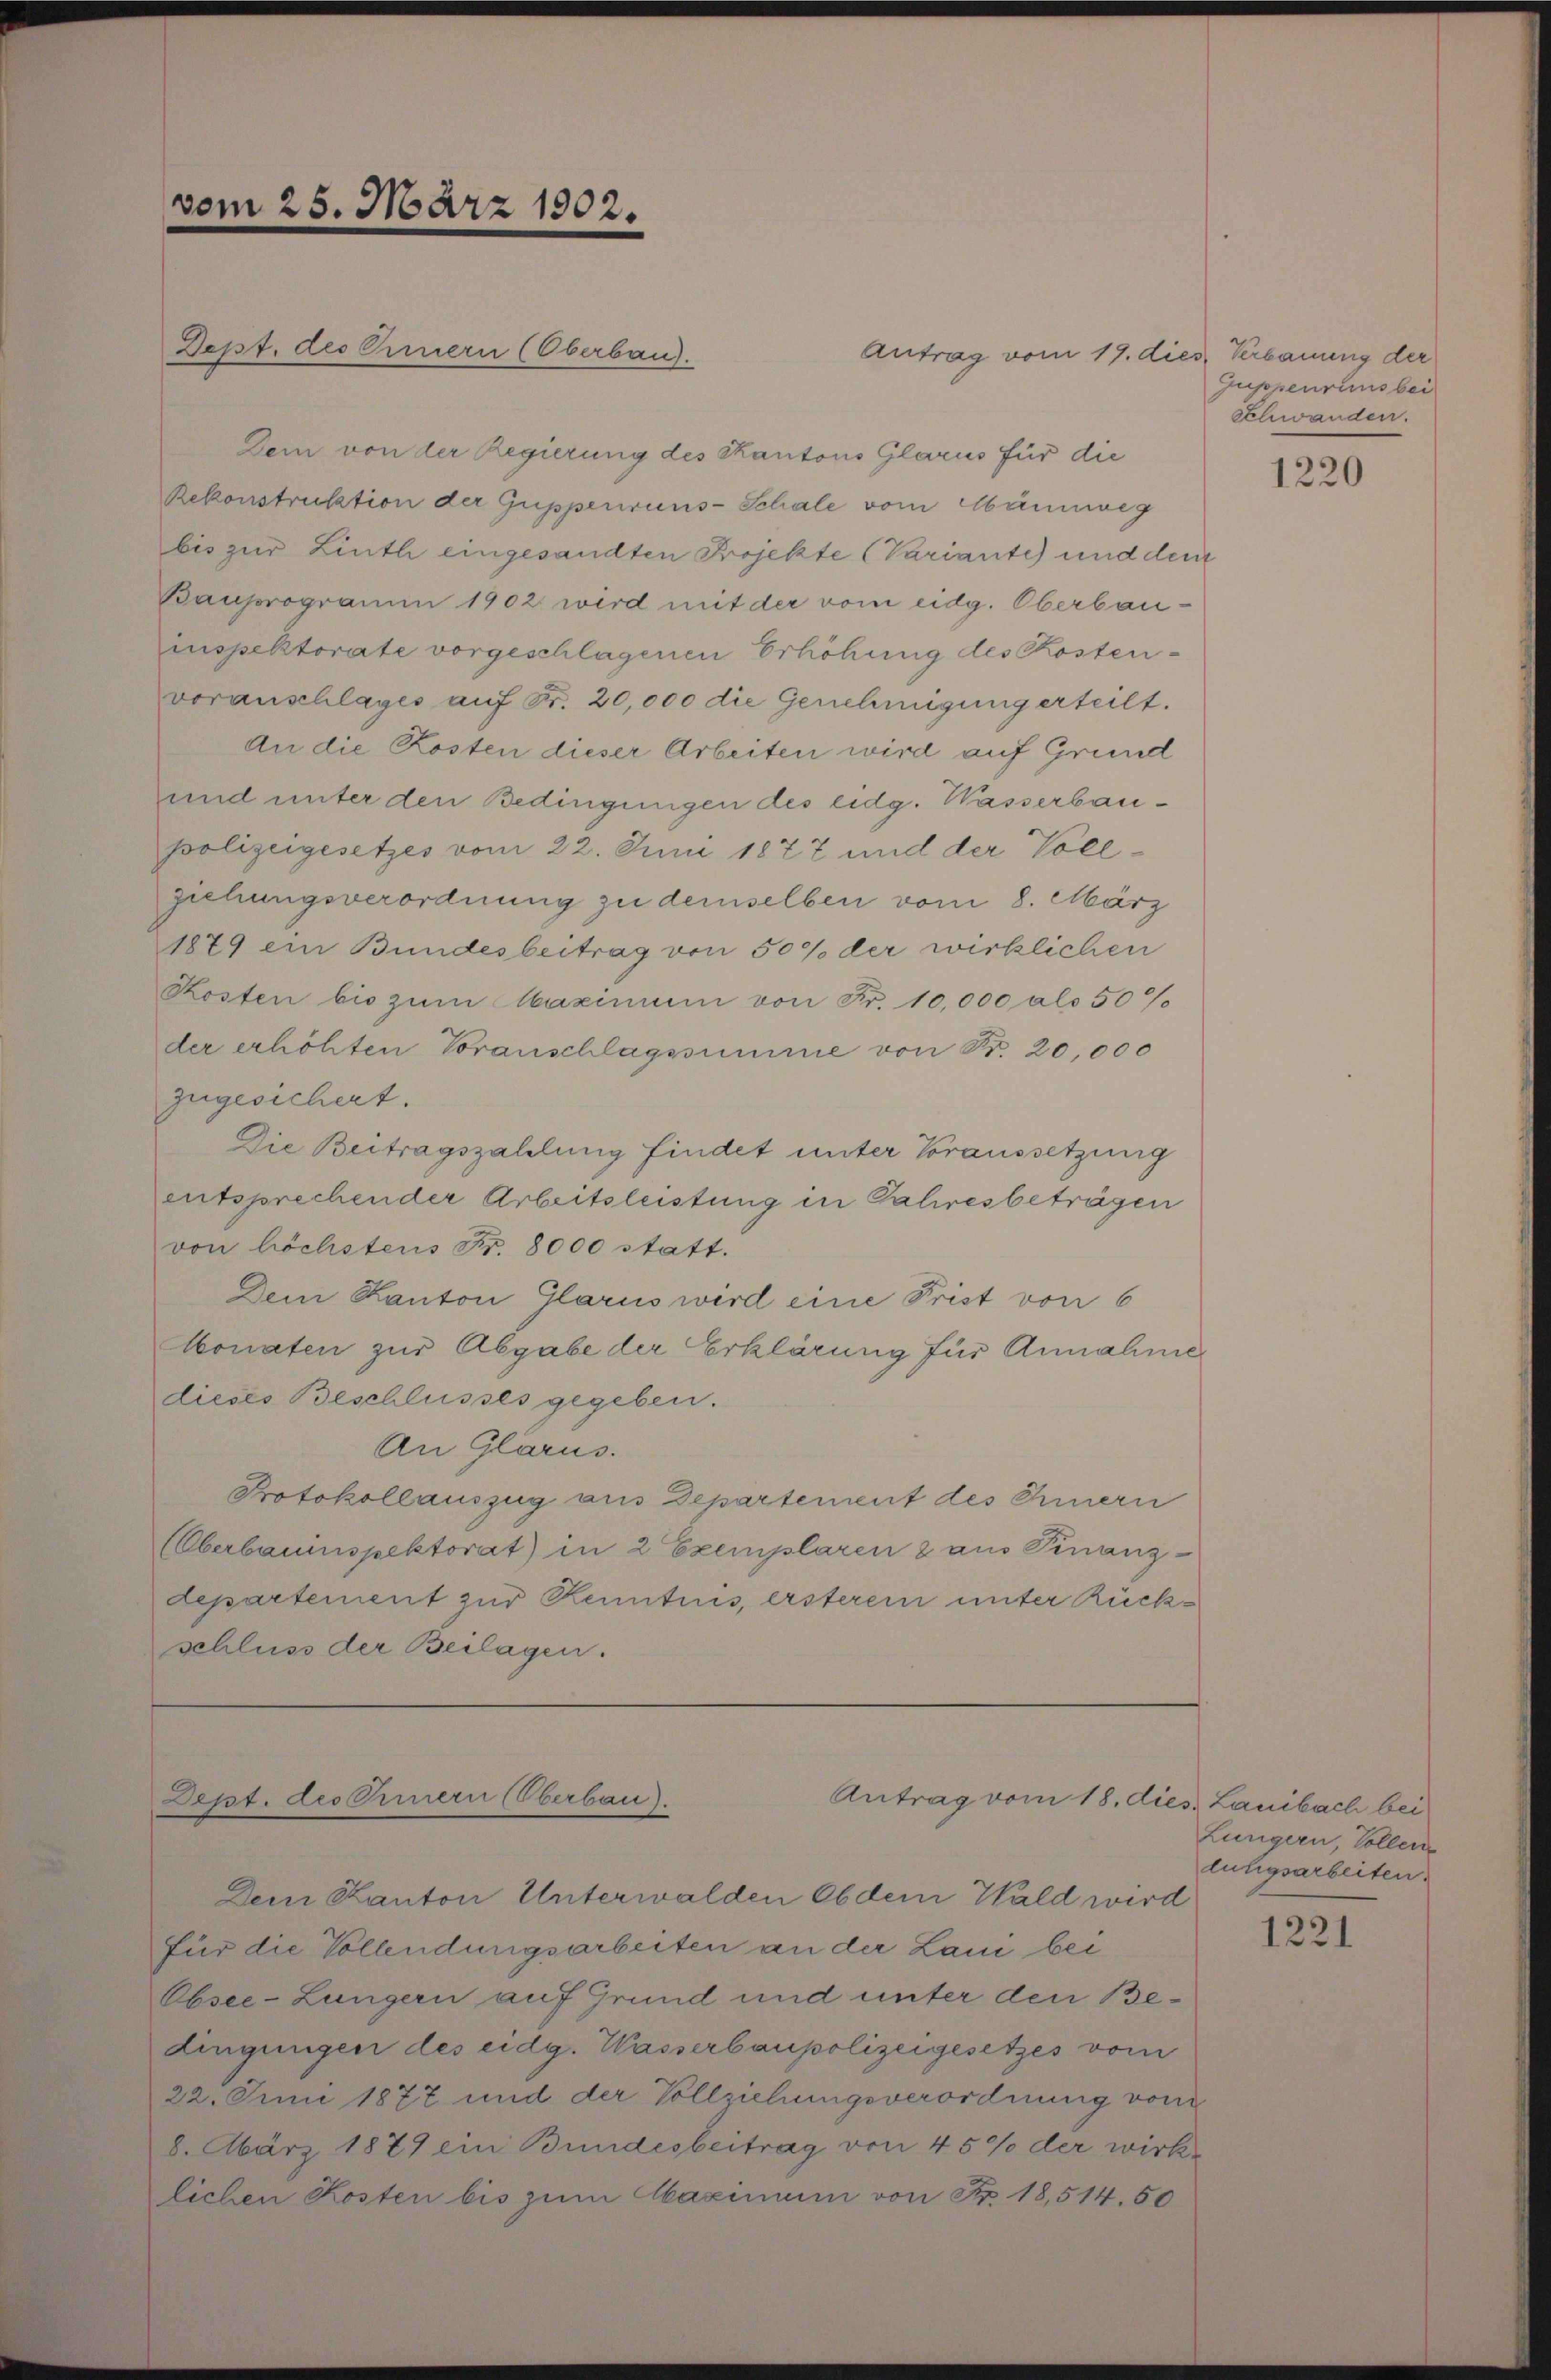
vom 25. März 1902.

Dept. des Ermern (Oberbau
Antrag vom 19. dies Verbauung der
Dem von der Regierung des Kantons Glarus für die
Rekonstruktion der Gussperruns-Schale vom Mannweg
bis zur Linth eingesandten Projekte (Variante) und dem
Bauprogramm 1902 wird mit der vom eidg. Oberbau-
inspektorate vorgeschlagenen Erhöhung des Kostenvoranschlages auf Fr. 20,000 die Genehmigung erteilt.
An die Kosten dieser Arbeiten wird auf Grund
und unter den Bedingungen des eidg. Wasserbaupolizeigesetzes vom 22. Juni 1877 und der Vollziehungsverordnung zu demselben vom 8. März
1879 ein Bundesbeitrag von 50% der wirklichen
Kosten bis zum Maximum von Fr. 10,000 als 50%
der erhöhten Voranschlagssumme von Fr. 20,000
zugesichert.
Die Beitragszahlung findet unter Voraussetzung
entsprechender Arbeitsleistung in Jahresbeträgen
von höchstens Fr. 8000 statt.
Dem Kanton Glarus wird eine Frist von 6
Monaten zur Abgabe der Erklärung für Annahme
dieses Beschlusses gegeben.
An Glarus.
Protokollauszug aus Departement des Innern
(Oberbauinspektorat) in 2 Exemplaren & aus Finanz-
departement zur Kenntnis, ersterem unter Rückschluss der Beilagen.

Dem Kanton Unterwalden Ob dem Wald wird
für die Vollendungsarbeiten an der Laui bei
Obsee-Lungern auf Grund und unter den Bedingungen des eidg. Wasserbaupolizeigesetzes vom
22. Juni 1877 und der Vollziehungsverordnung vom
8. März 1879 ein Bundesbertrag von 45% der wirk-
lichen Kosten bis zum Maximum von Nr. 18,514. 50

Dept. des Innern (Oberbau).
Antrag vom 18. dies Lanibach bei

Guppeurems bei
Schwanden.

1220

Lungern, Sollen
lungsarbeiten.

1221